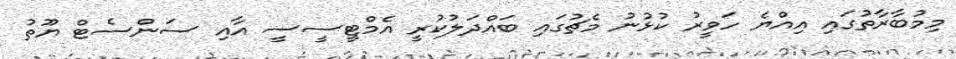
މިމުބާރާތުގައި އިއްޔެ ހަވީރު ކުޅުނު މެޗުގައި ބައްދަލުކުރީ އެމްޓީސީސީ އާއި ސަންސެޓް ޔޫތު